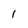
Character: l